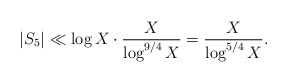
\begin{align*}|S_5| \ll \log X \cdot \frac{X}{\log^{9/4} X} = \frac{X}{\log^{5/4}X }.\end{align*}